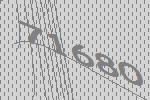
71680